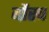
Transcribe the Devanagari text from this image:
बौस्च